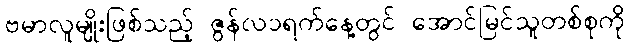
ဗမာလူမျိုးဖြစ်သည့် ဇွန်လ၁ရက်နေ့တွင် အောင်မြင်သူတစ်စုကို